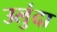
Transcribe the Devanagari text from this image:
उलुंदा